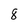
Character: 8